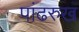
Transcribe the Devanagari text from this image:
पांढरुख